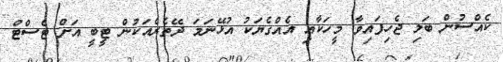
ކެއްސުން ބަލި ޖެހިފައިވާ މީހަކާއި އެއްގެޔަކު އުޅޭނަމަ ދޭތެރެއަކުން ޓީބީ އަށް ޓެސްޓް